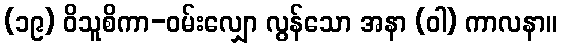
(၁၉) ဝိသူစိကာ-ဝမ်းလျှော လွန်သော အနာ (ဝါ) ကာလနာ။